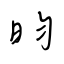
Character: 昀